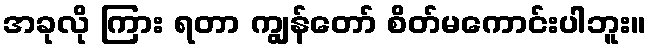
အခုလို ကြား ရတာ ကျွန်တော် စိတ်မကောင်းပါဘူး။